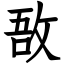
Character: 敔